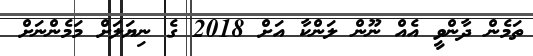
ތަމެން ދާންވީ އެއް ނޫން ލަންކާ އަށް 2018 ގެ ނިޔަލަށް މަމެންނަށް